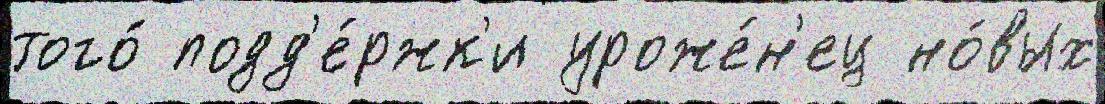
того́ подд'е́ржк'и уроже́н'ец но́вых